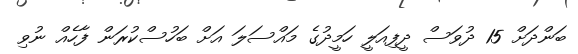
ބަންދަށް 15 ދުވަސް ދީފިއަލީ ހަމީދުގެ މައްސަލަ އަށް ބަހުސްކުރަން ފާހެއް ނުވި